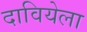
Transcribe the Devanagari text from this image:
दावियेला